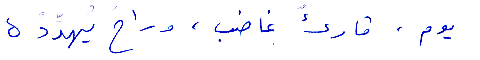
يوم، قارئ غاضب، وراح يهدده